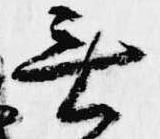
無